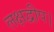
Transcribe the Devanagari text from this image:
लक्षद्वीप।